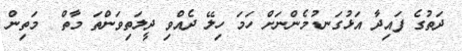
ދަތުގެ ފައިދާ އަޅުގަނޑުމެންނަށް ހަމަ ހިލޭ ދެއްވި ދީލަތިވަންތަ މާތް  މަތިން